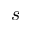
s